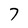
Character: 7